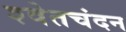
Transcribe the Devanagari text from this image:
श्‍वेतचंदन